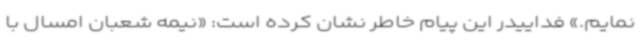
نمایم.» فداییدر این پیام خاطر نشان کرده است: «نیمه شعبان امسال با